Annual report of the Bengal Veterinary College and of the Civil Veterinary Department, Bengal, for the year 1899-1900 - 1899-1900
Year: 1899
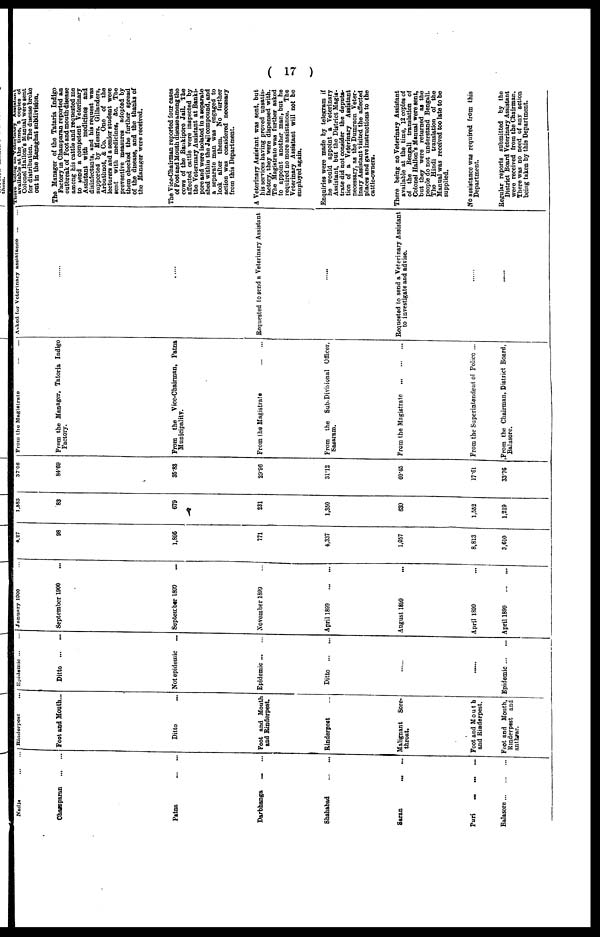
( 17 )
Nadia ... ...
Chaenparan ... ...
Patna ... ...
Darbhanga ... ...
Shahabad ... ...
Saran ... ...
Puri ... ... ...
Balasore ... ... ...
Rinderpest ...
Foot and Mouth ...
Ditto ...
Foot and Mouth
and Rinderpest.
Rinderpest ...
Malignant Sore-
throat.
Foot and Mouth
and Rinderpest.
Foot and Month,
Rinderpest and
anthear.
Epidemic ... ...
Ditto ... ...
Not epidemic ...
Epidemic ... ...
Ditto ... ...
......
Epidemic ... ...
January 1900 ...
September 1900 ...
September 1899 ...
November 1899 ...
April 1899 ... ...
August 1899 ...
April 1899 ...
April 1899 ... ...
4,27
98
1,895
771
4,337
1.057
8,813
3,610
1,583
83
679
231
1,350
639
1,552
1,219
37.06
84.69
35.83
29.96
31.12
60.45
17.61
33.76
From the Magistrate ... ...
From the Manager, Tatoria Indigo
Factory.
From the Vice-Chairman, Patna
Municipality.
From the Magistrate ... ...
From the Sub-Divisional Officer,
Sasaram.
From the Magistrate ... ... ...
From the Superintendent of Police ...
From the Chairman, District Board,
Balasore.
Asked for Veterinary assistance ... ...
Requested to send a Veterinary Assistant
Requested to send a Veterinary Assistant
to investigate and advise.
available at the time, 5 copies of
Colonel Hallon's Manual were sent
for distribution. The disease broke
out in the Ranaghat subdivision.
The Manager of the Tataria Indigo
Factory in Champaran reported an
outbreak of Foot and mouth disease
among his cattle and requested me
to send a competent Veterinary
Assistant with medicines and
disinfectants, and his request was
supported by Messrs. Gillanders,
Arbuthnot, & Co. One of the
lecturers and a senior student were
sent with medicines, &c. The
preventive measures adopted by
them checked the further spread
of the disease, and the thanks of
the Manager were received.
The Vice-Chairman reported four cases
of Foot and Mouth disease among the
cows of the Bankipore Jail. The
affected cattle were inspected by
the Veterinary Assistant at Banki-
pore and were isolated in a separate
shed within the Jail compound, and
a separate man was engaged to
look after them. No further
action was considered necessary
from this Department.
A Veterinary Assistant was sent, but
his services having proved unsatis-
factory, they were dispensed with.
The Magistrate was further asked
to appoint another man, but he
required no more assistance. The
Veterinary Assistant will not be
employed again.
Enquiries were made by telegram if
he would appoint a Veterinary
Assistant, but the District Magis-
trate did not consider the depnta-
tion of a Veterinary Assistant
necessary, as the Dumraon Veter-
inary Assistant visited the affected
places and gave instructions to the
cattle-owners.
There being no Veterinary Assistant
available at the time, 12 copies of
of the Bengali translation of
Colonel Hallon's Manual were sent,
but they were returned as the
people do not understand Bengali.
The Hindi translation of the
Manual was received too late to be
supplied.
No assistance was required from this
Department.
Regular reports submitted by the
District Board Veterinary Assistant
were received from the Chairman.
There was no need of any action
being taken by this Department.